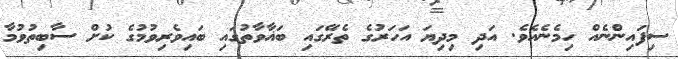
ސިފައިންނެއް ހިމެނެއެވެ. އަދި މިދިޔަ އަހަރުގެ ތެރޭގައި ބަޣާވާތުގައި ބައިވެރިވުމުގެ ކުށް ސާބިތުވުމާ